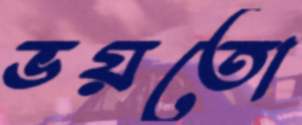
ভয়তো